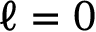
\ell = 0